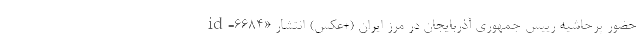
id=6684» حضور پرحاشیه رییس جمهوری آذربایجان در مرز ایران (+عکس) انتشار